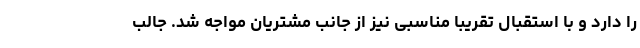
را دارد و با استقبال تقریبا مناسبی نیز از جانب مشتریان مواجه شد. جالب